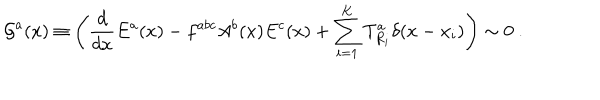
{ \cal G } ^ { a } ( x ) \equiv \left( \frac { d } { d x } E ^ { a } ( x ) - f ^ { a b c } A ^ { b } ( x ) E ^ { c } ( x ) + \sum _ { i = 1 } ^ { K } T _ { R _ { i } } ^ { a } \delta ( x - x _ { i } ) \right) \sim 0 \ .